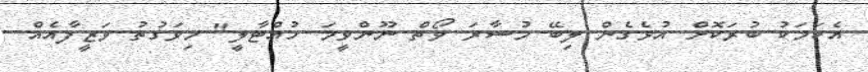
އެކަމަކު ބުރަކޮށް އުޅެގެން ލިބޭ މުސާރަ ވޯތް ނޫންވީމަ ހުއްޓާލީ" މިވަގުތު ވަޒީފާއެއް